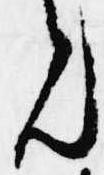
ん